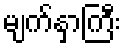
မျက်နှာကြီး